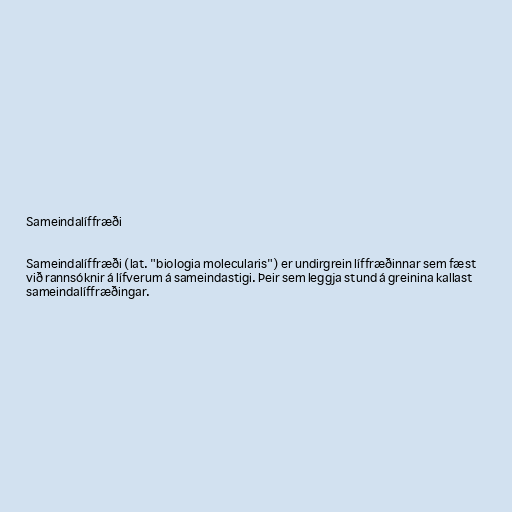
Sameindalíffræði

Sameindalíffræði (lat. "biologia molecularis") er undirgrein líffræðinnar sem fæst
við rannsóknir á lífverum á sameindastigi. Þeir sem leggja stund á greinina kallast
sameindalíffræðingar.